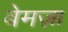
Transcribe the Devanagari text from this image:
बेमज़ा